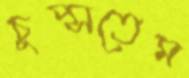
চুপ্‌সতেম